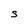
Character: S